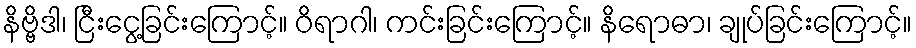
နိဗ္ဗိဒါ၊ ငြီးငွေ့ခြင်းကြောင့်။ ဝိရာဂါ၊ ကင်းခြင်းကြောင့်။ နိရောဓာ၊ ချုပ်ခြင်းကြောင့်။